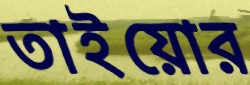
তাইয়োর